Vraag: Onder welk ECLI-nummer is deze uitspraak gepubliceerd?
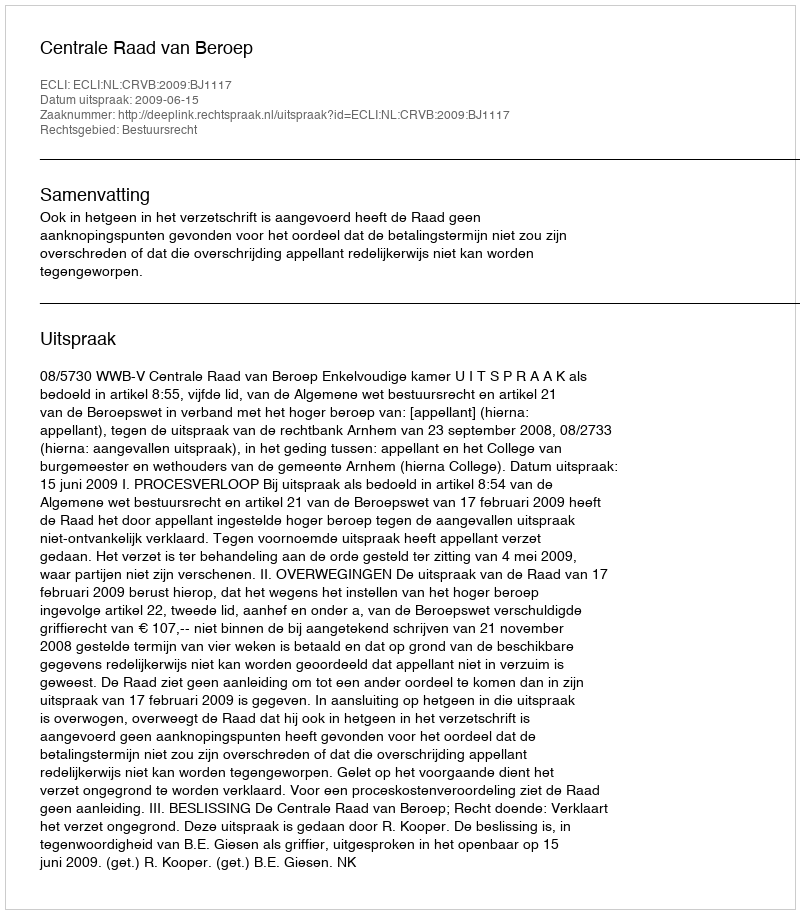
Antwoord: ECLI:NL:CRVB:2009:BJ1117